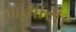
માથાસર